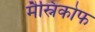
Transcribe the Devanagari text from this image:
मैस्निकोफ